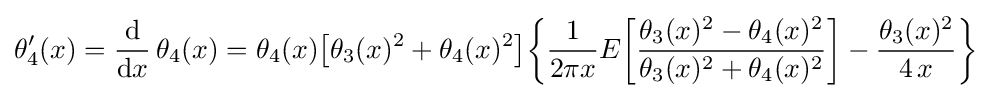
\theta _{4}'(x)={\frac {\mathrm {d} }{\mathrm {d} x}}\,\theta _{4}(x)=\theta _{4}(x){\bigl [}\theta _{3}(x)^{2}+\theta _{4}(x)^{2}{\bigr ]}{\biggl \{}{\frac {1}{2\pi x}}E{\biggl [}{\frac {\theta _{3}(x)^{2}-\theta _{4}(x)^{2}}{\theta _{3}(x)^{2}+\theta _{4}(x)^{2}}}{\biggr ]}-{\frac {\theta _{3}(x)^{2}}{4\,x}}{\biggr \}}